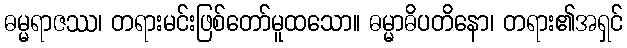
ဓမ္မရာဇဿ၊ တရားမင်းဖြစ်တော်မူထသော။ ဓမ္မာဓိပတိနော၊ တရား၏အရှင်